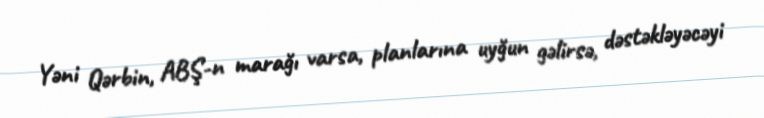
Yəni Qərbin, ABŞ-n marağı varsa, planlarına uyğun gəlirsə, dəstəkləyəcəyi